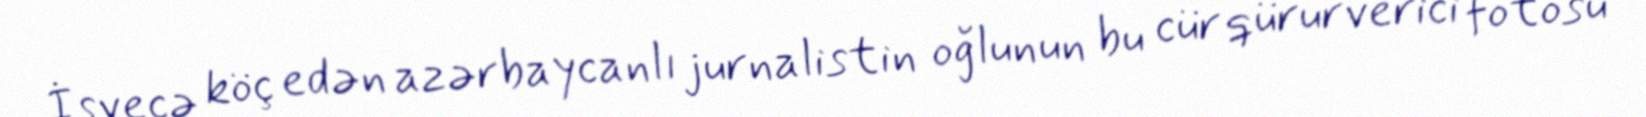
İsveçə köç edən azərbaycanlı jurnalistin oğlunun bu cür qürurverici fotosu